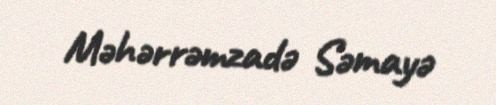
Məhərrəmzadə Səmayə